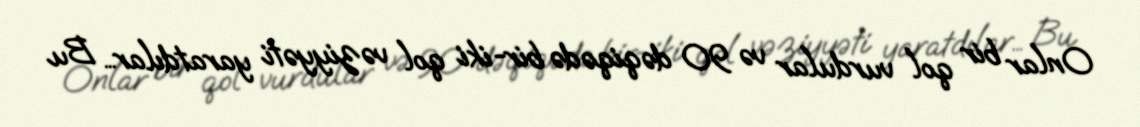
Onlar bir qol vurdular və 90 dəqiqədə bir-iki qol vəziyyəti yaratdılar… Bu